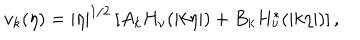
v _ { k } ( \eta ) = | \eta | ^ { 1 / 2 } \left[ A _ { k } H _ { \nu } ( | k \eta | ) + B _ { k } H _ { \nu } ^ { * } ( | k \eta | ) \right] ,